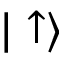
| \uparrow \rangle